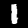
Label: 1